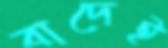
বাদেই